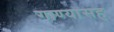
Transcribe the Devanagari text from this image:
गाण्यासह